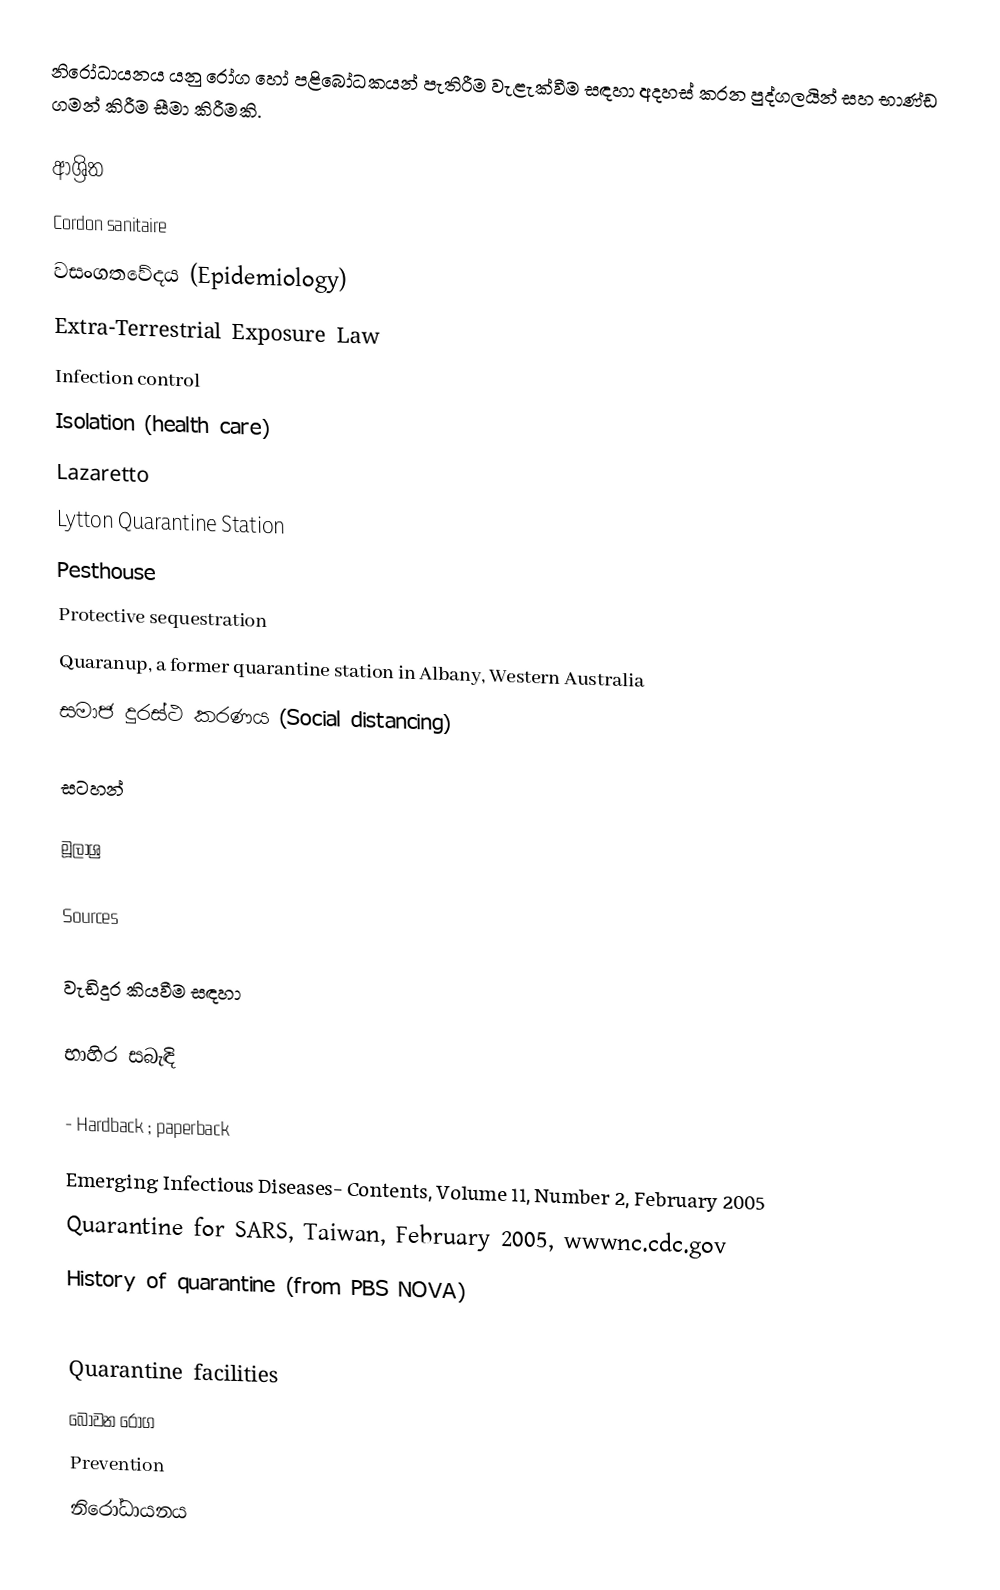
නිරෝධායනය යනු රෝග හෝ පළිබෝධකයන් පැතිරීම වැළැක්වීම සඳහා අදහස් කරන පුද්ගලයින් සහ භාණ්ඩ ගමන් කිරීම සීමා කිරීමකි.

ආශ්‍රිත
 Cordon sanitaire
 වසංගතවේදය (Epidemiology)
 Extra-Terrestrial Exposure Law
 Infection control
 Isolation (health care)
 Lazaretto
 Lytton Quarantine Station
 Pesthouse
 Protective sequestration
 Quaranup, a former quarantine station in Albany, Western Australia
 සමාජ දුරස්ථ කරණය (Social distancing)

සටහන්

මූලාශ්‍ර

Sources

වැඩිදුර කියවීම සඳහා

භාහිර සබැඳි

  - Hardback ; paperback
 Emerging Infectious Diseases- Contents, Volume 11, Number 2, February 2005
 Quarantine for SARS, Taiwan, February 2005, wwwnc.cdc.gov
 History of quarantine (from PBS NOVA)

Quarantine facilities
බෝවන රෝග
Prevention
නිරෝධායනය